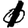
Digit: 1